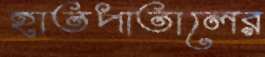
হাতপাতালের